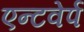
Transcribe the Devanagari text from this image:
एन्टवेर्प